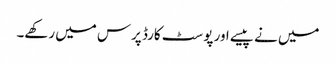
میں نے پیسے اور پوسٹ کارڈ پرس میں رکھے۔